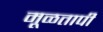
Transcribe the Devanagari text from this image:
मूळतापी